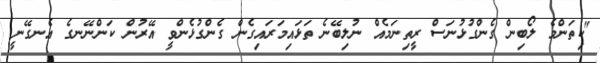
"ކިތަންމެ ލޯބިން ގެންގުޅުނަސް ރީތިނަމެއް ނުލިބޭނެ ތަޅައިމަރައިގެން ގެންގުޅެންވީ އޭރުން ކަންނޭނގެ އެނގޭނީ